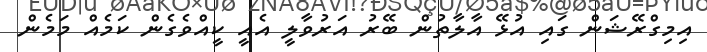
އިމިގްރޭޝަން ގައި އުޅޭ އާލާތުން ބޭރު އަރުވާލީ އެއީ ކީއްވެގެން ކަމެއް މަމެން